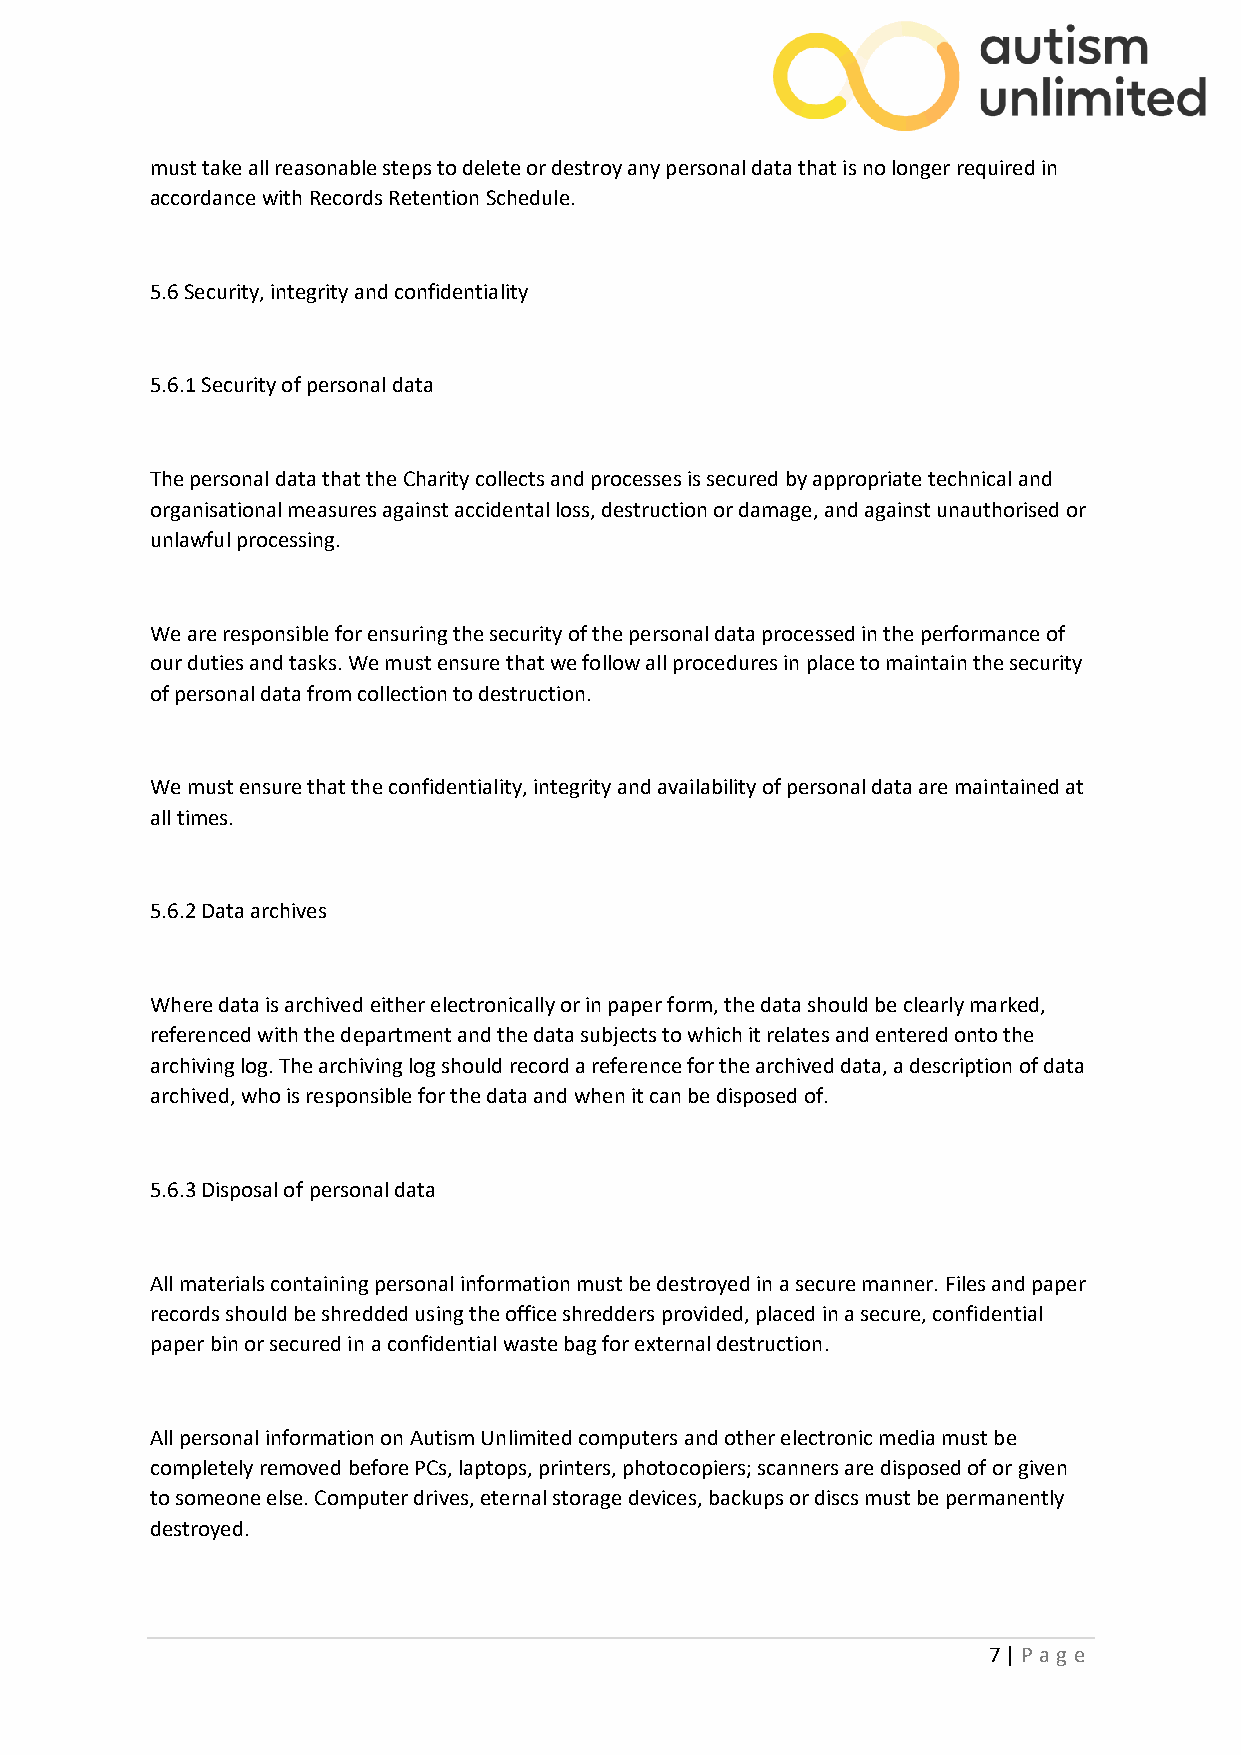
must take all reasonable steps to delete or destroy any personal data that is no longer required in
 accordance with Records Retention Schedule.
 5.6 Security, integrity and confidentiality
 5.6.1 Security of personal data
 The personal data that the Charity collects and processes is secured by appropriate technical and
 organisational measures against accidental loss, destruction or damage, and against unauthorised or
 unlawful processing.
 We are responsible for ensuring the security of the personal data processed in the performance of
 our duties and tasks. We must ensure that we follow all procedures in place to maintain the security
 of personal data from collection to destruction.
 We must ensure that the confidentiality, integrity and availability of personal data are maintained at
 all times.
 5.6.2 Data archives
 Where data is archived either electronically or in paper form, the data should be clearly marked,
 referenced with the department and the data subjects to which it relates and entered onto the
 archiving log. The archiving log should record a reference for the archived data, a description of data
 archived, who is responsible for the data and when it can be disposed of.
 5.6.3 Disposal of personal data
 All materials containing personal information must be destroyed in a secure manner. Files and paper
 records should be shredded using the office shredders provided, placed in a secure, confidential
 paper bin or secured in a confidential waste bag for external destruction.
 All personal information on Autism Unlimited computers and other electronic media must be
 completely removed before PCs, laptops, printers, photocopiers; scanners are disposed of or given
 to someone else. Computer drives, eternal storage devices, backups or discs must be permanently
 destroyed.
 7 | P ag e